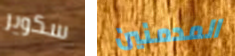
سكوير المدمنين